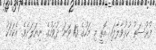
ފުރުސަތު ހުޅުވާލާފައި އޮތީ މި މަހުގެ 10 ވަނަ ދުވަހުގެ ނިޔަލަށެވެ. އެކަމަކު